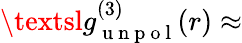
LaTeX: \textsl{g}_{\mathrm{~u~n~p~o~l~}}^{(3)}(r)\approx